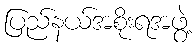
ပြည်နယ်အစိုးရအဖွဲ့